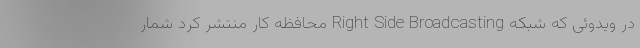
در ویدوئی که شبکه Right Side Broadcasting محافظه کار منتشر کرد شمار